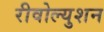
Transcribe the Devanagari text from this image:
रीवोल्युशन